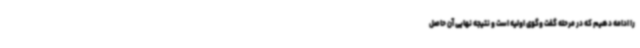
را ادامه دهیم که در مرحله گفت وگوی اولیه است و نتیجه نهایی آن حاصل